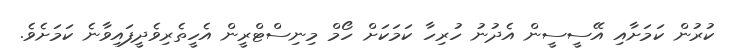
ކުރުން ކަމަށާއި އޭސީސީން އެދުނު ހުރިހާ ކަމަކަށް ހޯމް މިނިސްޓްރީން އެހީތެރިވެދީފައިވާނެ ކަމަށެވެ.